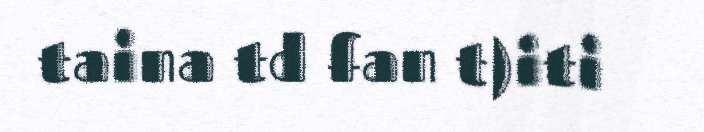
taina td fan t)iti